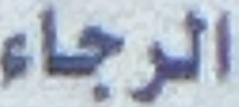
الرجاء